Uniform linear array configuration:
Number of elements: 64
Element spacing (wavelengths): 0.5
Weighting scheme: hamming
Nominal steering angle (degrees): -45
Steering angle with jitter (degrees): -44.318
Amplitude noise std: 0.05
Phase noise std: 0.05

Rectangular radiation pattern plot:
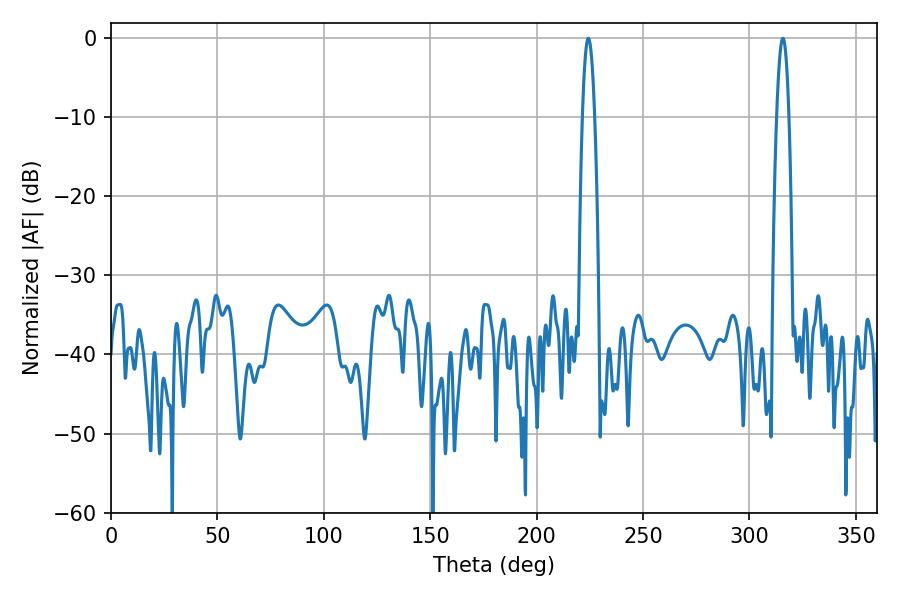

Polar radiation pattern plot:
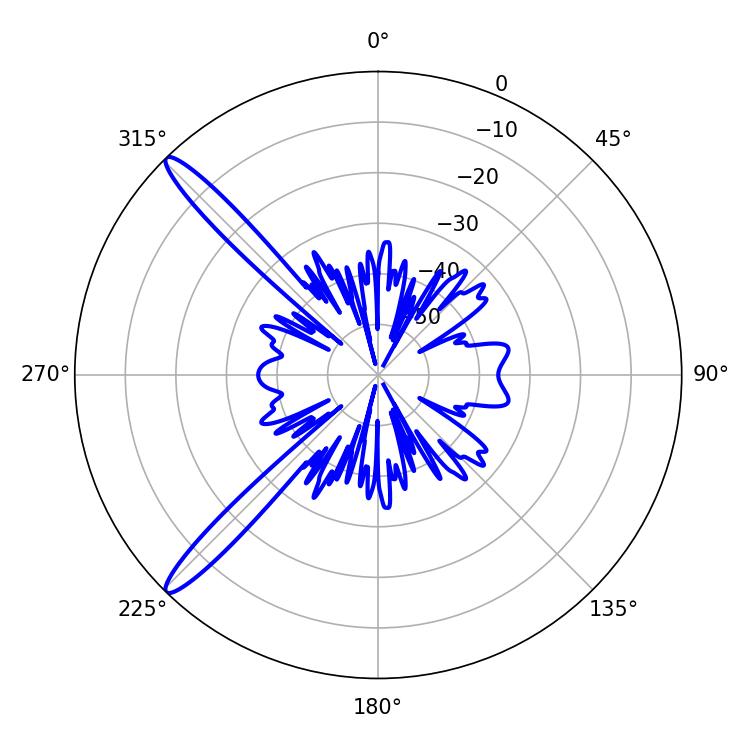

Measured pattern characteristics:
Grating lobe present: FALSE
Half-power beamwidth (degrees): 3.06
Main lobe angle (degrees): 224.28